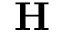
\mathbf { H }